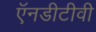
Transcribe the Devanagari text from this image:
ऍनडीटीवी